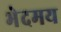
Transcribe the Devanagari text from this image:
भेदमय